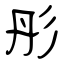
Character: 彤